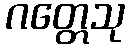
ဂတ္တေသု